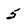
Character: 5